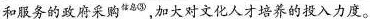
和服务的政府采购信^{信息③}，加大对文化人才培养的投入力度。